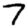
Digit: 7